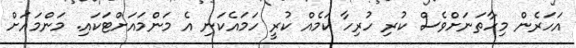
އަހަރެން މިހާތަނަށްވެސް ކުރި ހުރިހާ ކަމެއް ކުރީ ހަމައެކަނި އެ މަންމައަށްޓަކައި. މަންމައަށް